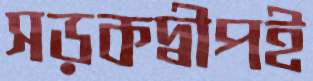
সড়কদ্বীপই